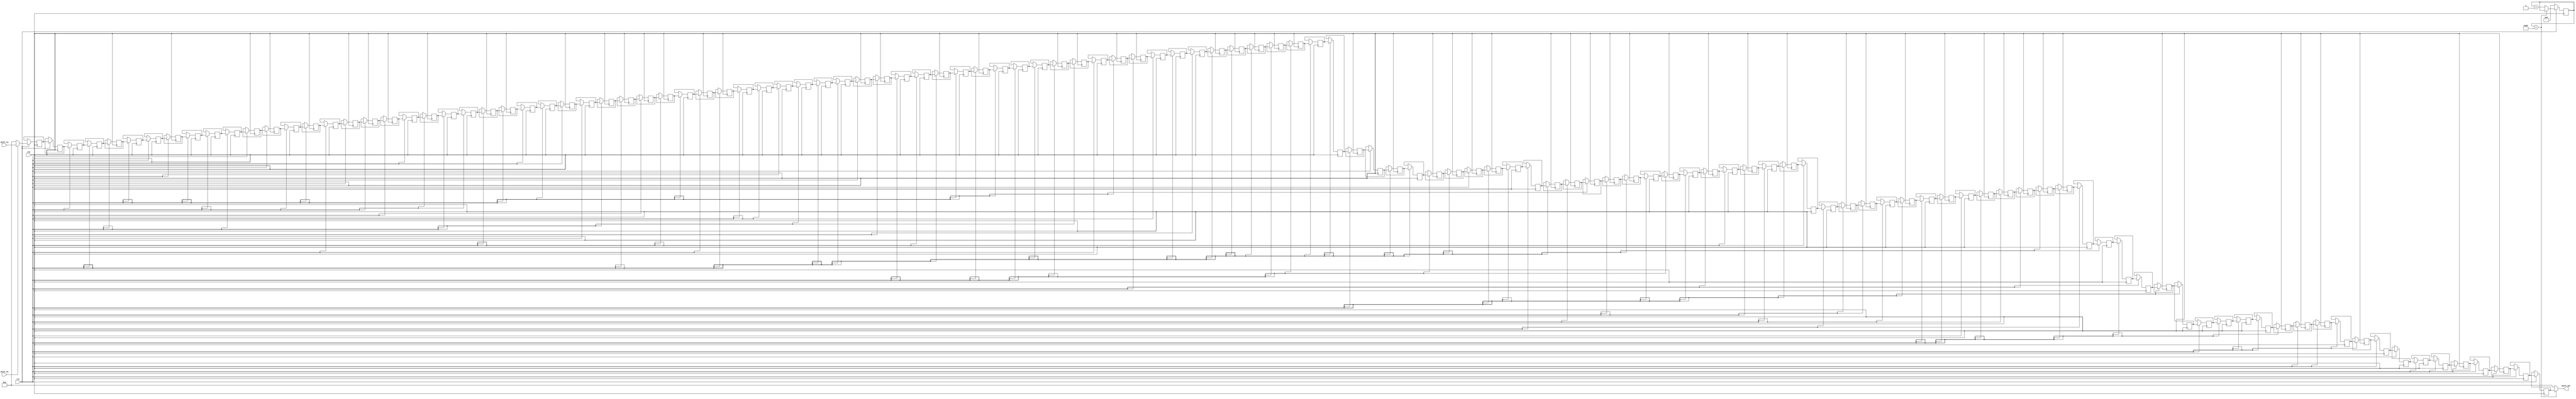
/*Instruction:

Module Name:FIFO_SYNC 
Function: support read and wirte in the meantime
parameter:
port:

*/
module shift_register  #(
    parameter   WIDTH_in  = 16,
    parameter   WIDTH_out  = 16,
    parameter   DEEP      =   128 ,
    parameter   PTR_SIZE  =   10
)(
    input   wire   clk,
    input   wire   rst,
    input   wire   shift_en,
    input   wire   [WIDTH_in-1:0]    shift_in,
    output  wire   [WIDTH_out-1:0]    shift_out
);

reg     [WIDTH_in-1:0] SHIFT_BUFF   [0:DEEP-1]; //how to initate the value? method1:for loop  (waste hardware resource) method 2:control output
reg     [PTR_SIZE-1:0]  cnt = 0;      //signal to make write first(when the module read_ptr==read_ptr   cause write data error  )

integer  i;
assign shift_out = (cnt==DEEP)?{{(WIDTH_out-WIDTH_in){1'd0}},SHIFT_BUFF[DEEP-1]}:0;

//support read and wirte in the meantime
always@(posedge  clk)begin
    //reset
    if(!rst)begin
        cnt <= 0; 
    end

    //write
    else  begin
        for(i=0;i<DEEP-1;i=i+1)begin
            SHIFT_BUFF[i+1] <= SHIFT_BUFF[i];
        end
        
        if(cnt==DEEP)begin
            cnt <= cnt;
        end
        else begin
            cnt <= cnt + 1;
        end

        if(shift_en)
            SHIFT_BUFF[0] <= shift_in;
        else
            SHIFT_BUFF[0] <= 0;

    end

end


endmodule